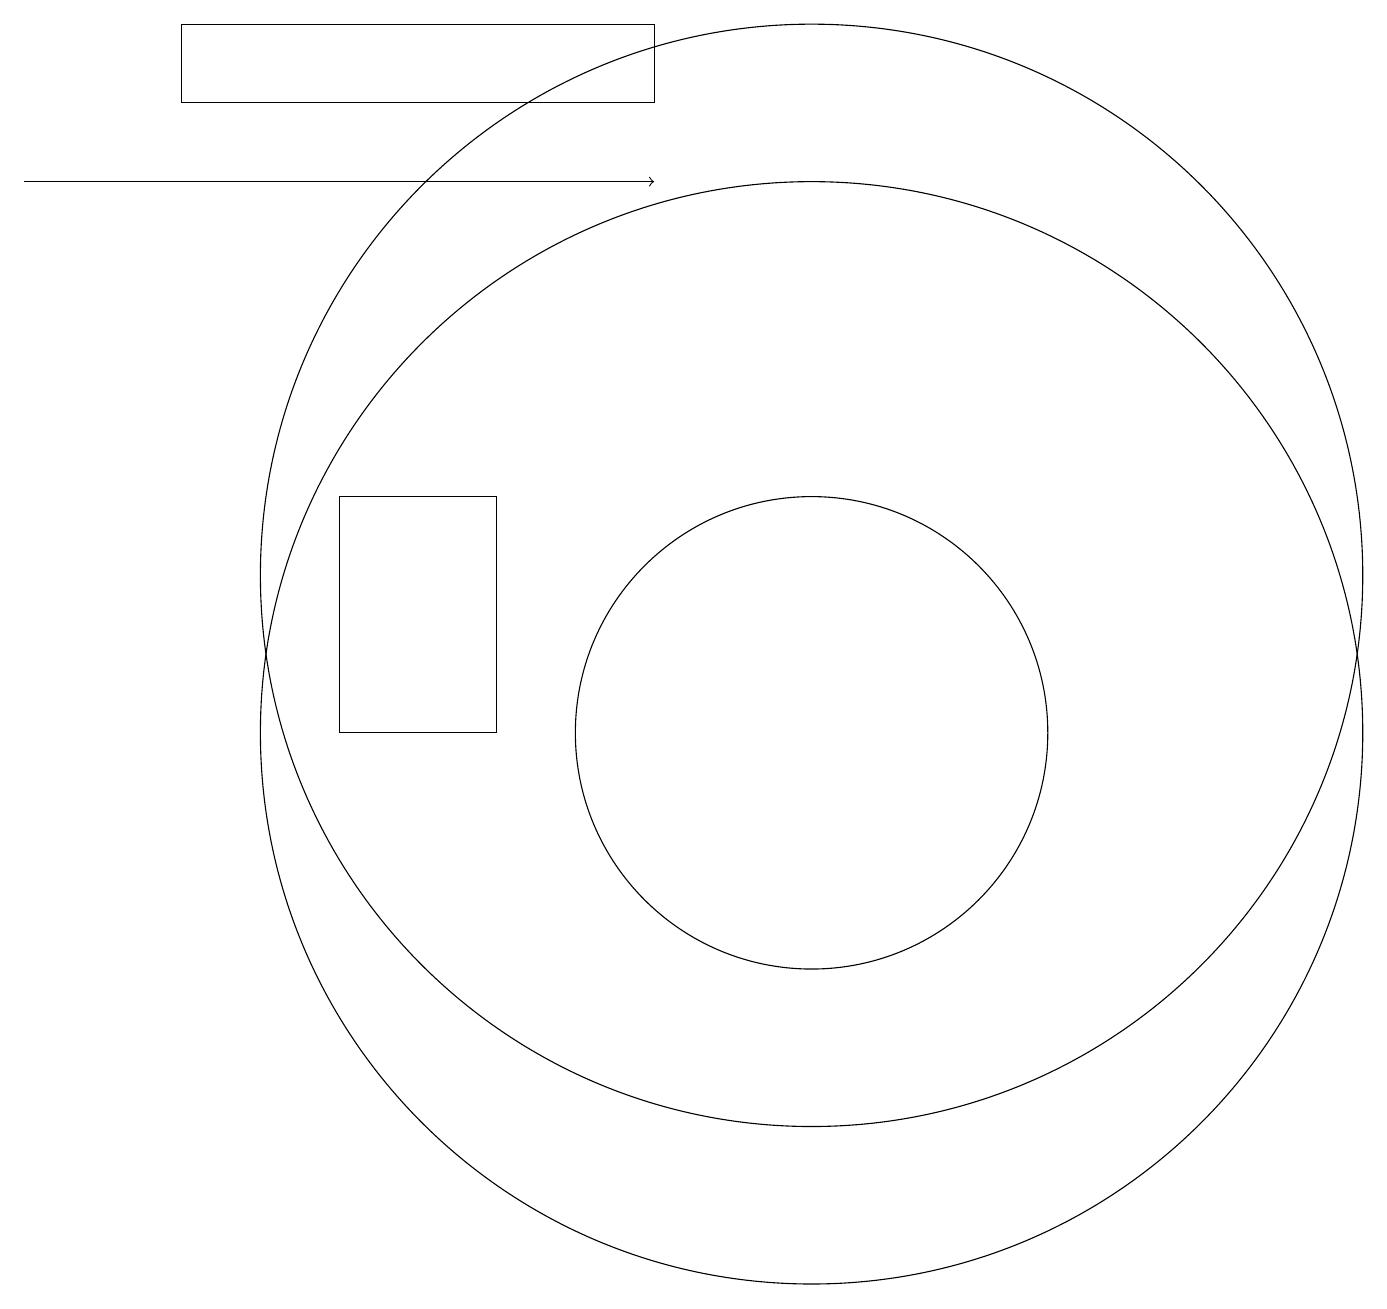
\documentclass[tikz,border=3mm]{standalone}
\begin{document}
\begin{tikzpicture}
\draw (10,10) circle (7);
\draw (6,10) rectangle (4,13);
\draw (2,19) rectangle (8,18);
\draw (10,12) circle (7);
\draw (10,10) circle (3);
\draw[->] (0,17) -- (8,17);
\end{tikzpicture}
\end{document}